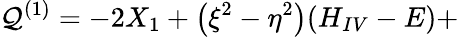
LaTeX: \mathcal{Q}^{(1)}=-2X_{1}+\left(\xi^{2}-\eta^{2}\right)(H_{IV}-E)+